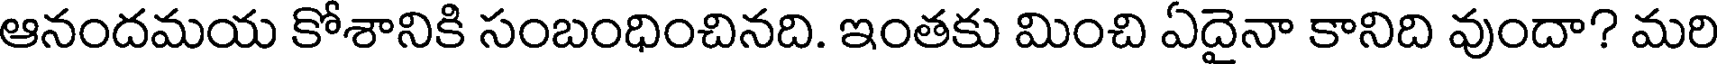
ఆనందమయ కోశానికి సంబంధించినది. ఇంతకు మించి ఏదైనా కానిది వుందా? మరి